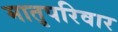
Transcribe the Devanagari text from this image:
मातृपरिवार